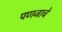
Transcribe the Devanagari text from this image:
पणजाचे